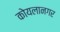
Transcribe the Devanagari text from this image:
कोयलानगर